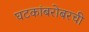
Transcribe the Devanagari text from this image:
घटकांबरोबरची